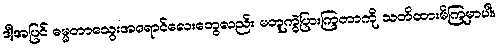
ဒါ့အပြင် ဓမ္မတာသွေးအရောင်လေးတွေလည်း မတူကွဲပြားကြတာကို သတိထားမိကြမှာပါ။